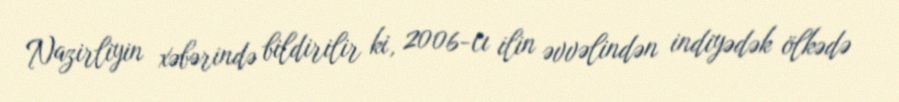
Nazirliyin xəbərində bildirilir ki, 2006-cı ilin əvvəlindən indiyədək ölkədə